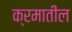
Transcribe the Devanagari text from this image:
क्रमातील